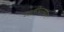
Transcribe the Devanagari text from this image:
व्यक्तींदरम्यान